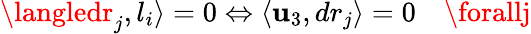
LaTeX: \langledr_{j},l_{i}\rangle=0\Leftrightarrow\langle\mathbf{u}_{3},dr_{j}\rangle=0\quad\forallj